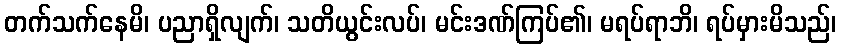
တက်သက်နေမိ၊ ပညာရှိလျက်၊ သတိယွင်းလပ်၊ မင်းဒဏ်ကြပ်၏၊ မရပ်ရာဘိ၊ ရပ်မှားမိသည်၊